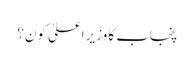
پنجاب کا وزیراعلیٰ کون؟